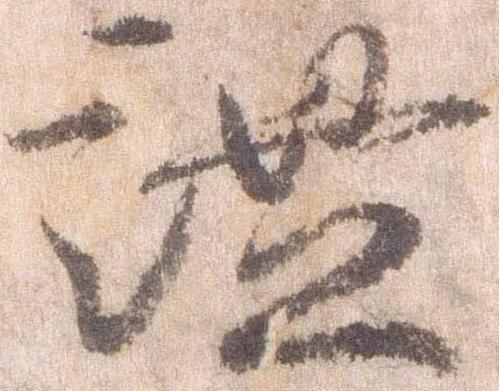
謐